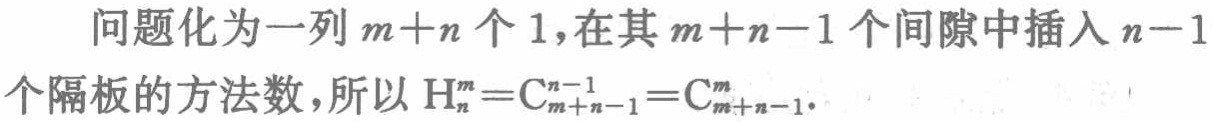
问题化为一列 \(m + n\) 个 \(1\)，在其 \(m + n - 1\) 个间隙中插入 \(n - 1\) 个隔板的方法数，所以 \(\mathrm{H}_{n}^{m}=\mathrm{C}_{m + n - 1}^{n - 1}=\mathrm{C}_{m + n - 1}^{m}\)。